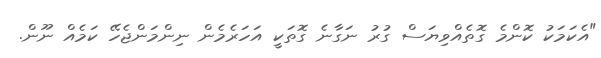
"އެކަމަކު ކޮންމެ ގޮތެއްވިޔަސް ގުރު ނަގާނެ ގޮތަކީ އަހަރެމެން ނިންމަންޖެހޭ ކަމެއް ނޫން.